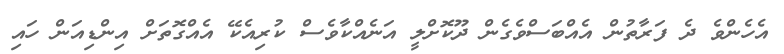
އެހެންވެ ދެ ފަރާތުން އެއްބަސްވެގެން ދޫކޮށްލީ އަނެއްކާވެސް ކުރިއެކޭ އެއްގޮތަށް އިންޑިއަން ހައި